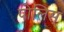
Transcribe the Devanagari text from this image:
पोलिस्